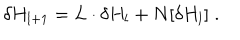
\delta H _ { l + 1 } = L \cdot \delta H _ { l } + N [ \delta H _ { l } ] \; .